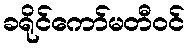
ခရိုင်ကော်မတီဝင်